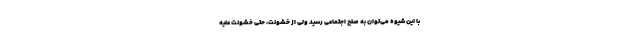
با این شیوه می‌توان به صلح اجتماعی رسید ولی از خشونت، حتی خشونت علیه